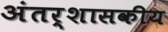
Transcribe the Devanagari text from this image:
अंतर्शासकीय